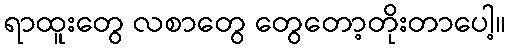
ရာထူးတွေ လစာတွေ တွေတော့တိုးတာပေါ့။